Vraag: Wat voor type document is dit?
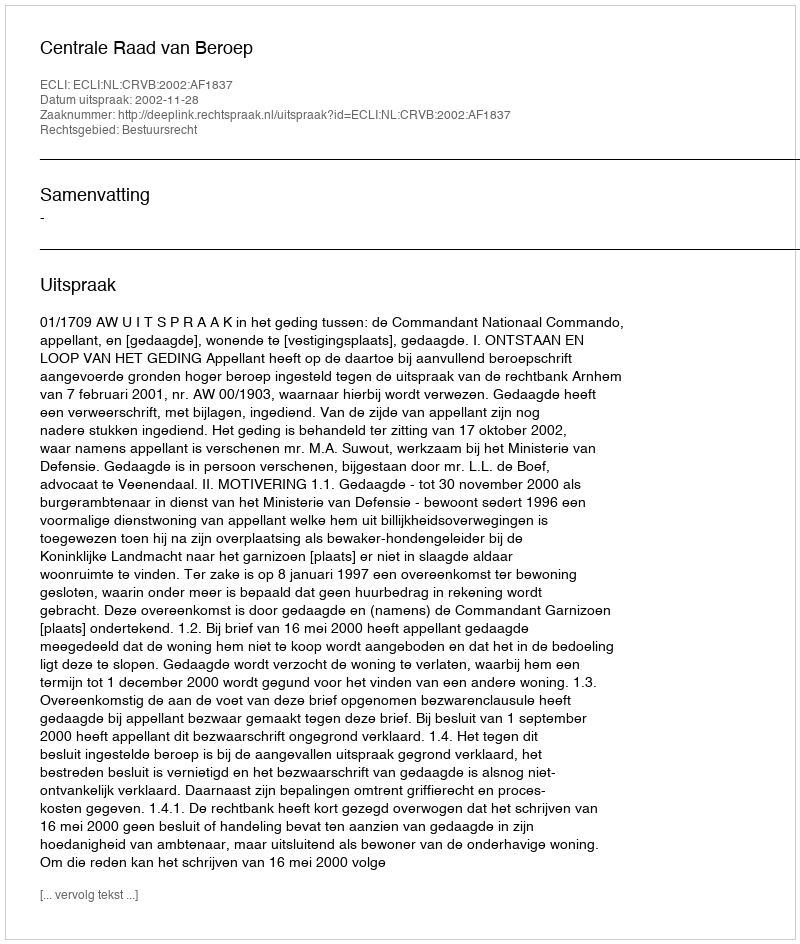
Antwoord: Uitspraak